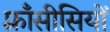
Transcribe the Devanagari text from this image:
फ़्राँसीसियों